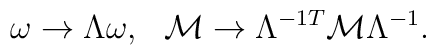
\omega \rightarrow \Lambda \omega,\>\>\>{\cal M} \rightarrow \Lambda^{-1 T} {\cal M} \Lambda^{-1}.